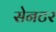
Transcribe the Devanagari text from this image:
सेनटर